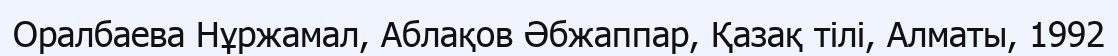
Оралбаева Нұржамал, Аблақов Әбжаппар, Қазақ тілі, Алматы, 1992